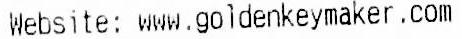
WEBSITE: WWW.GOLDENKEYMAKER.COM